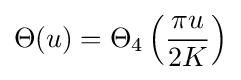
\Theta (u)=\Theta _{4}\left({\frac {\pi u}{2K}}\right)